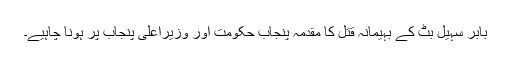
بابر سہیل بٹ کے بہیمانہ قتل کا مقدمہ پنجاب حکومت اور وزیراعلیٰ پنجاب پر ہونا چاہیے۔